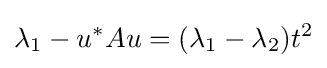
\lambda _{1}-u^{*}Au=(\lambda _{1}-\lambda _{2})t^{2}